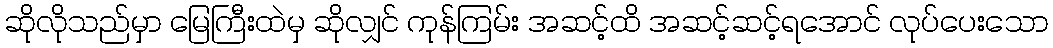
ဆိုလိုသည်မှာ မြေကြီးထဲမှ ဆိုလျှင် ကုန်ကြမ်း အဆင့်ထိ အဆင့်ဆင့်ရအောင် လုပ်ပေးသော